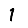
Digit: 1